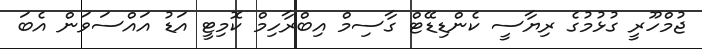
ޖުމްހޫރީ ގުޅުމުގެ ރިޔާސީ ކެންޑިޑޭޓް ގާސިމް އިބްރާހިމް ކޮމިޓީ އަޑު އައްސަވަން އެބަ